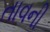
તાવની